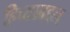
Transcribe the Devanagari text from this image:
हिच्याबद्दल